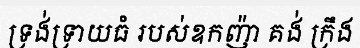
ទ្រង់ទ្រាយធំ របស់ឧកញ៉ា គង់ ក្រឹង